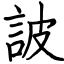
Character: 詖